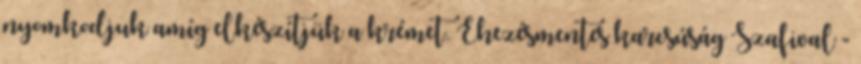
nyomkodjuk amíg elkészítjük a krémet. Éhezésmentes karcsúság Szafival -